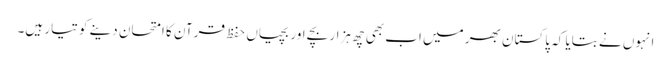
انہوں نے بتایا کہ پاکستان بھر میں اب بھی چھ ہزار بچے اور بچیاں حفظ قرآن کا امتحان دینے کو تیار ہیں۔